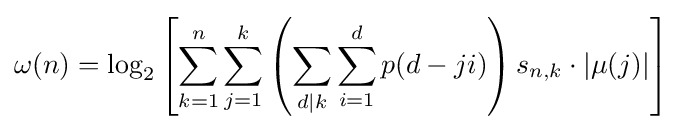
\omega (n)=\log _{2}\left[\sum _{k=1}^{n}\sum _{j=1}^{k}\left(\sum _{d\mid k}\sum _{i=1}^{d}p(d-ji)\right)s_{n,k}\cdot |\mu (j)|\right]